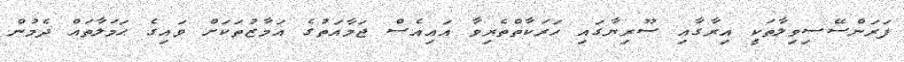
ފަރަންސޭސިވިލާތަކީ އިރާގާއި ސޫރިޔާގައި ހަރަކާތްތެރިވާ އައިއެސް ޖަމާއަތުގެ އަމާޒުތަކަށް ވައިގެ ޙަމަލާތައް ދެމުން